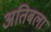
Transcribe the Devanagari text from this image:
अतिबला